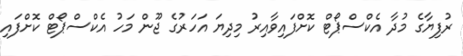
ރުފިޔާގެ މުދާ އެކްސްޕޯޓް ކޮށްފައިވާއިރު މިދިޔަ އަހަރުގެ ޖޫން މަހު އެކްސްޕޯޓް ކޮށްފައި